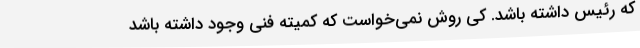
که رئیس داشته باشد. کی روش نمی‌خواست که کمیته فنی وجود داشته باشد